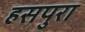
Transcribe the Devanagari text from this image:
हसपुरा